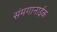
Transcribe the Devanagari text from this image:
संमगानाईक